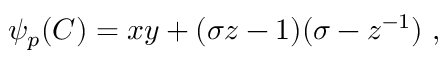
\psi _ { p } ( C ) = x y + ( \sigma z - 1 ) ( \sigma - z ^ { - 1 } ) ~ ,